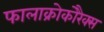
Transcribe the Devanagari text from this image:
फालाक्रोकोरैक्स